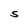
Character: S